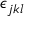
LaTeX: \epsilon _ { j k l }